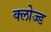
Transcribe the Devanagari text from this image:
क्‍लोज्‍ड